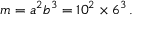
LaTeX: m = a ^ { 2 } b ^ { 3 } = 1 0 ^ { 2 } \times 6 ^ { 3 } \, .